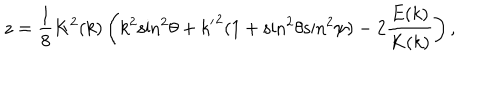
z = { \frac { 1 } { 8 } } K ^ { 2 } ( k ) \left( k ^ { 2 } { \sin } ^ { 2 } \theta + { k ^ { \prime } } ^ { 2 } ( 1 + { \sin } ^ { 2 } \theta { \sin } ^ { 2 } \psi ) - 2 { \frac { E ( k ) } { K ( k ) } } \right) ,